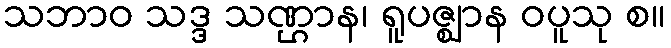
သဘာဝ သဒ္ဒ သဏ္ဌာန၊ ရူပဇ္ဈာန ဝပူသု စ။